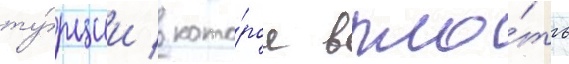
ту́рции / кото́рое впло́ть